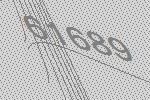
61689